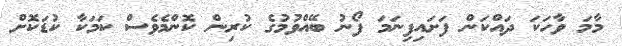
މާމަ ވާހަކަ ދައްކަން ފަށައިފިނަމަ ފޯނު ބޭއްވުމުގެ ކުރިން ކޮންމެވެސް ކަމަކާ ކުޑަކޮށް